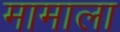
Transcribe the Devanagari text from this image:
मामाला